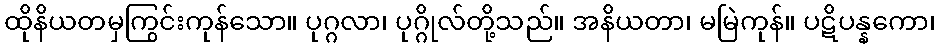
ထိုနိယတမှကြွင်းကုန်သော။ ပုဂ္ဂလာ၊ ပုဂ္ဂိုလ်တို့သည်။ အနိယတာ၊ မမြဲကုန်။ ပဋိပန္နကော၊